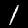
Label: 1